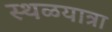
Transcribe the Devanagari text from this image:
स्थळयात्रा